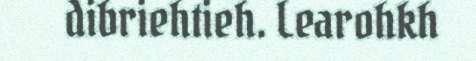
dibriehtieh. Learohkh